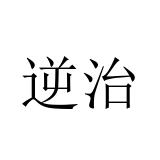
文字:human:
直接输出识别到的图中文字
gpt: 逆治